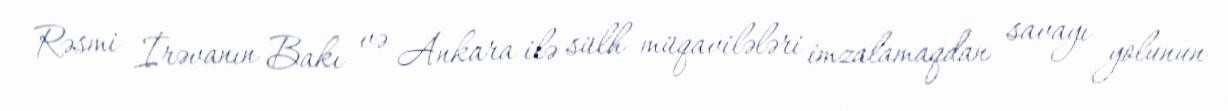
Rəsmi İrəvanın Bakı və Ankara ilə sülh müqavilələri imzalamaqdan savayı yolunun